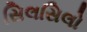
સિલસિલો